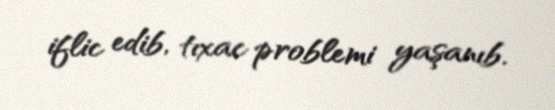
iflic edib, tıxac problemi yaşanıb.